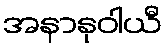
အနာနုဝါယီ